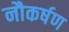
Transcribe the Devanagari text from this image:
नौकर्षण